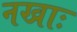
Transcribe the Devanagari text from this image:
नखाः